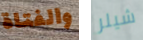
والفتاة شيلر